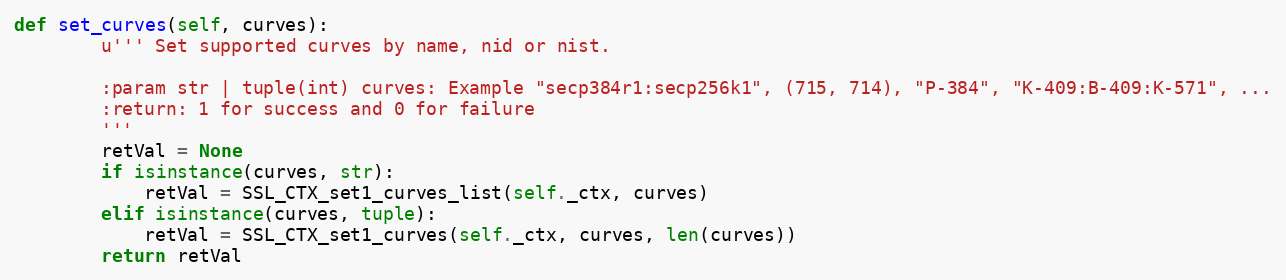
Language: Python
def set_curves(self, curves):
        u''' Set supported curves by name, nid or nist.

        :param str | tuple(int) curves: Example "secp384r1:secp256k1", (715, 714), "P-384", "K-409:B-409:K-571", ...
        :return: 1 for success and 0 for failure
        '''
        retVal = None
        if isinstance(curves, str):
            retVal = SSL_CTX_set1_curves_list(self._ctx, curves)
        elif isinstance(curves, tuple):
            retVal = SSL_CTX_set1_curves(self._ctx, curves, len(curves))
        return retVal